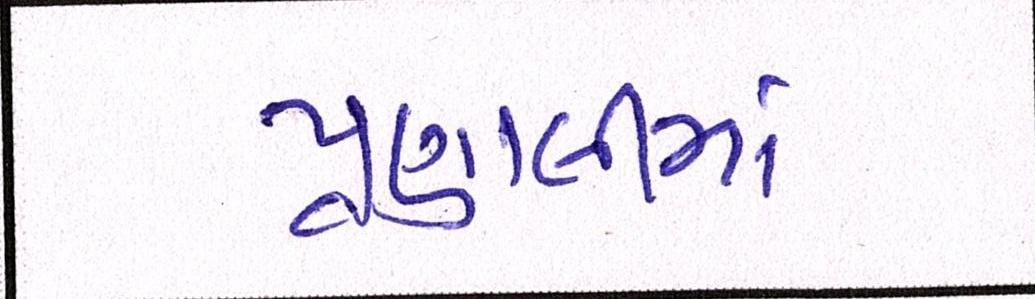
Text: પ્રણાલીમાં